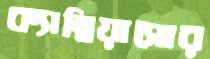
ক্যাম্বিয়াসোর